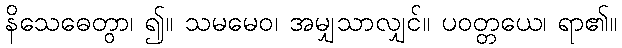
နိသေဓေတွာ၊ ၍။ သမမေဝ၊ အမျှသာလျှင်။ ပဝတ္တယေ၊ ရာ၏။